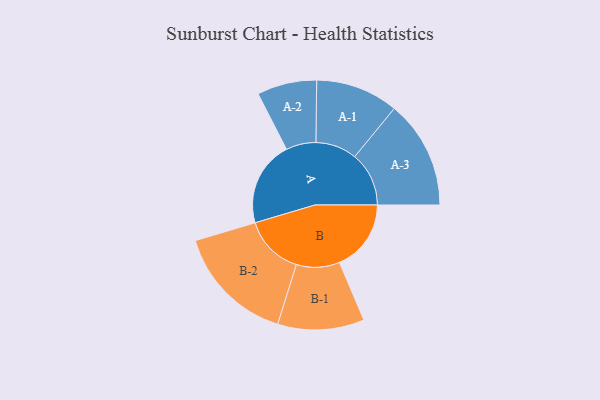
{"axis": {"x": "Segment", "y": "Value"}, "legend": ["", "A", "B"], "data": [{"x": "A", "y": 350, "type": ""}, {"x": "B", "y": 295, "type": ""}, {"x": "A-1", "y": 170, "type": "A"}, {"x": "A-2", "y": 123, "type": "A"}, {"x": "A-3", "y": 223, "type": "A"}, {"x": "B-1", "y": 178, "type": "B"}, {"x": "B-2", "y": 247, "type": "B"}]}